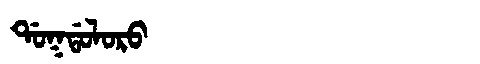
Manchu: ᡩᠣᡴᡩᠣᠯᠣᡵᠣ
Romanization: DOKDOLORO